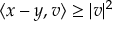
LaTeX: \langle x - y , v \rangle \geq | v | ^ { 2 }